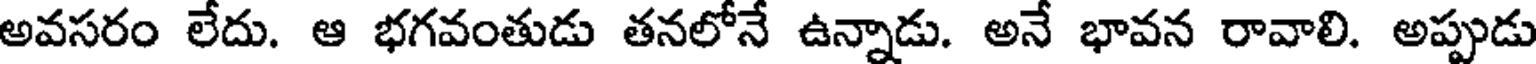
అవసరం లేదు. ఆ భగవంతుడు తనలోనే ఉన్నాడు. అనే భావన రావాలి. అప్పుడు